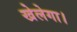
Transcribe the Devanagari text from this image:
खेलेगा।